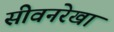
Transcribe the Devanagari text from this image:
सीवनरेखा